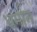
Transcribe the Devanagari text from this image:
धर्मान